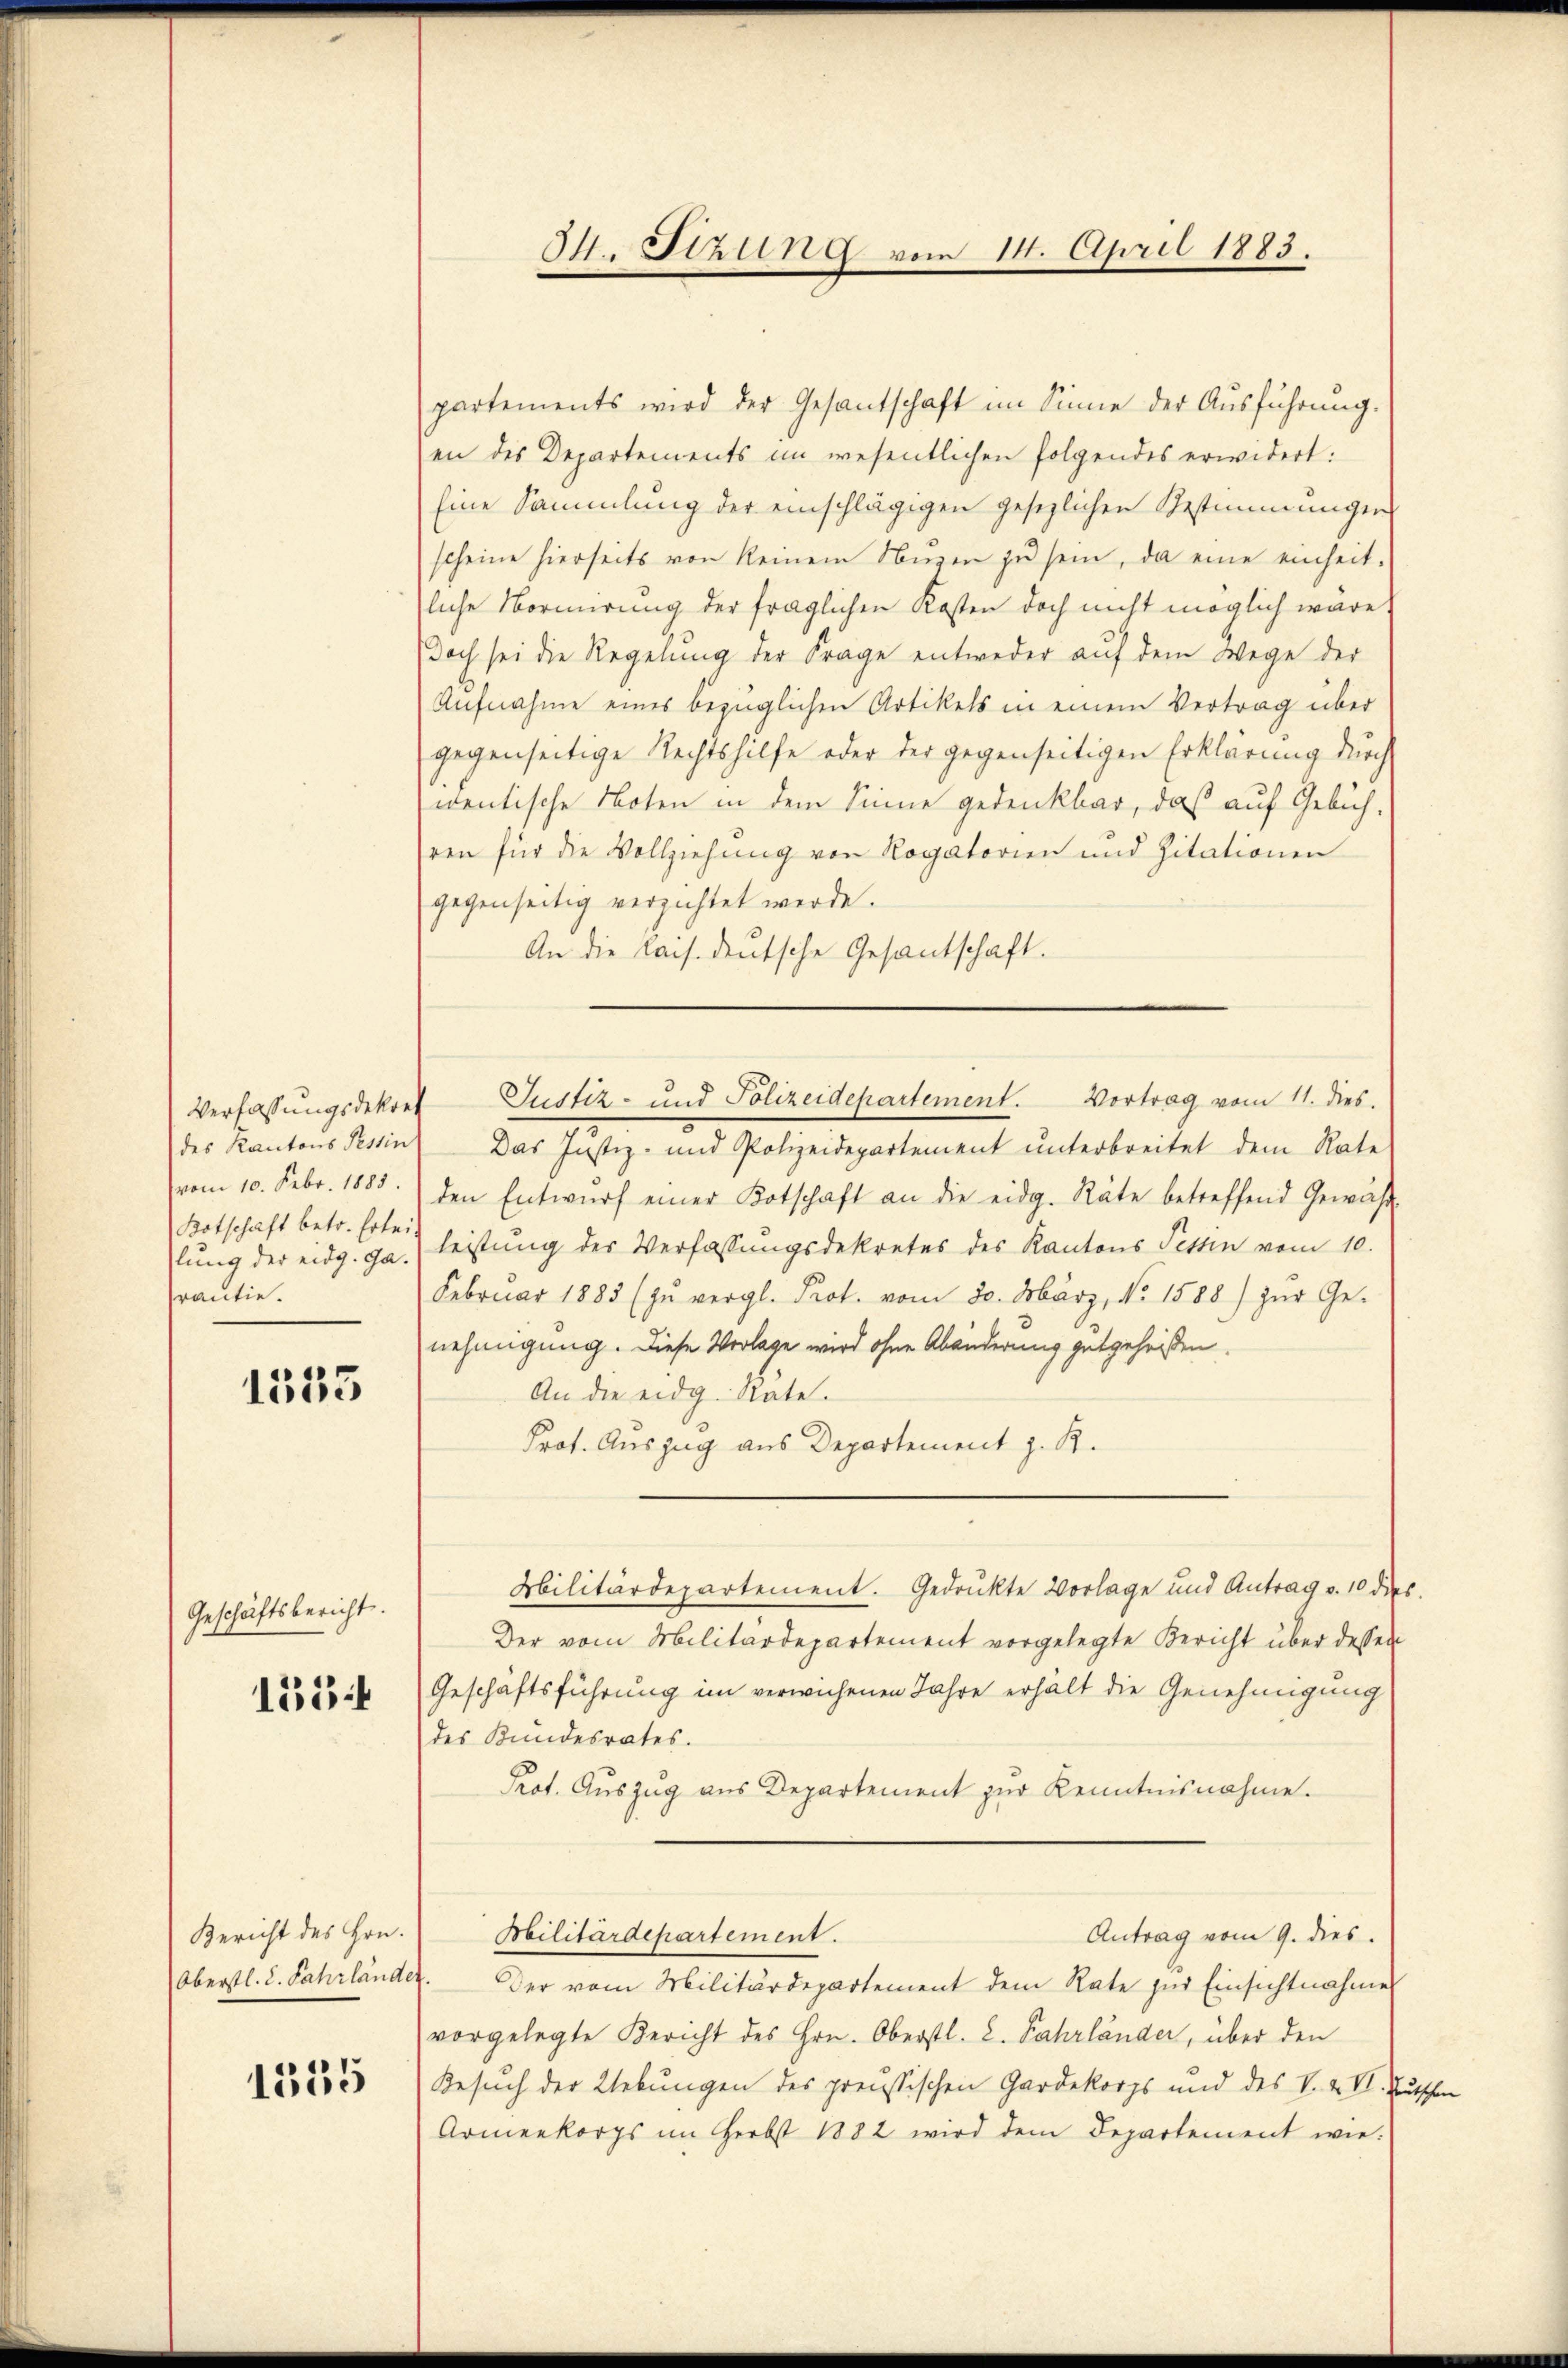
des Kantons Tessin
Botschaft betr. Erleilung der eidg. Garantie.

1555

Geschäftsbericht.

1554

Bericht des Hrn.

1535

2. Stzung vom 14. April 1883.

partements wird der Gesantschaft im Sinne der Aŭsführung.
en des Departements im wesentlichen folgendes erwidert:
Eine Sammlung der einschlägigen gesezlichen Bestimmungen
scheine hierseits von keinem Nŭgen zŭ sein, da eine einheit-
sliche Normirung der fraglichen Kosten doch nicht möglich wäre,
doch sei die Regelung der Frage entweder aŭf dem Wege der
Aufnahme eines bezüglichen Artikels in einem Vertrag über
gegenseitige Rechtshilfe oder der gegenseitigen Erklärung durch
wentische Noten in dem Sinne gedenkbar, daß auf Gebühren für die Vollziehung von Rogatorien und Zitationen
gegenseitig verzichtet werde.
An die Kais. deutsche Gesantschaft.
Das Justiz- und Polizeidepartement ŭnterbreitet dem Rate
vom 10. Febr. 1885. den Entwurf einer Kotschaft an die eidg. Räte betreffend Gewähr-
leistung des Verfassungsdekretes des Kantons Tettin vom 10.
Februar 1883 (zŭ vergl. Prot. vom 30. März, No 1588) zŭr Ge-
nehmigung. Diese Verlage wird ohne Abänderung gutgeheißen.
An die eidg. Räte.
Prot. Auszug aus Departement z. B.
Militärdepartement. Gedruckte Vorlage und Antrag v. 10 Dec.
Der vom Militärdepartement vorgelegte Bericht über dessen
Geschäftsführung im verwichenen Jahre erhält die Genehmigung
des Kundesrates.
Prot. Auszug aus Departement zur Kenntnisnahme.
Militärdepartement.
Antrag vom 9. dies
Oberstl. 2. Jahrländer. Der vom Militärdepartement dem Rate zur Einsichtnahme
vorgelegte Bericht des Hrn. Oberstl. C. Fahrländer, über den
Besuch der Uebungen des preussischen Gardekorps und des V. 2. VI. Deutschen
Armenkorps im Herbst 1882 wird dem Departement wie¬

Verfassungsdekret Justiz- und Polizeidepartement. Vortrag vom 11. dies